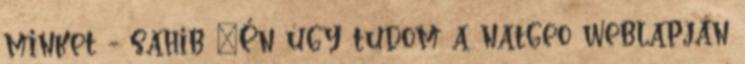
minket - sahib "Én úgy tudom a natgeo weblapján